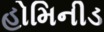
હોમિનીડ